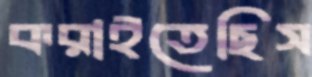
করাইতেছিস